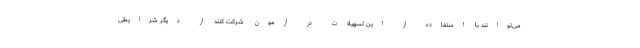
می‌توانند با استفاده از این تسهیلات در آزمون شرکت کنند از دیگر شرایطی